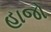
હાજો